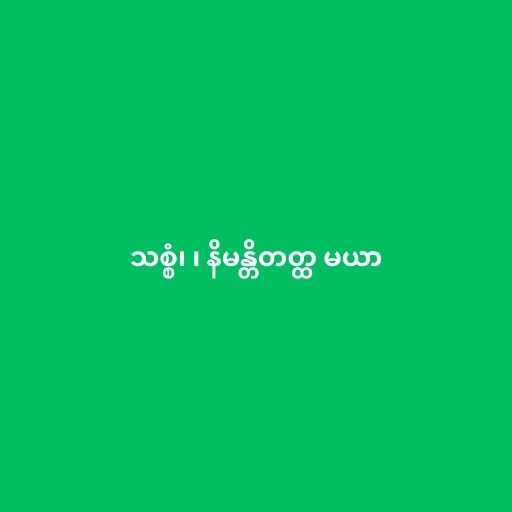
သစ္စံ၊ ၊ နိမန္တိတတ္ထ မယာ